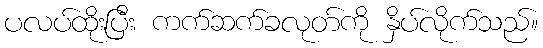
ပလပ်ထိုးပြီး ကက်ဆက်ခလုတ်ကို နှိပ်လိုက်သည်။